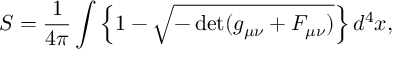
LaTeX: S = \frac { 1 } { 4 \pi } \int \left\{ 1 - \sqrt { - \operatorname * { d e t } ( g _ { \mu \nu } + F _ { \mu \nu } ) } \right\} d ^ { 4 } x ,